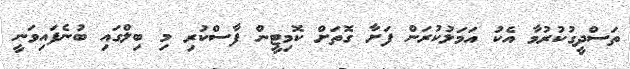
ތަސްދީގުކުރުމާ އެކު އަމަލުކުރަން ފަށާ ގޮތަށް ކޮމިޓީން ފާސްކުރި މި ބިލްގައި ބުނެފައިވަނީ